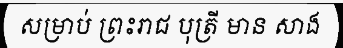
សម្រាប់ ព្រះរាជ បុត្រី មាន សាង